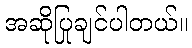
အဆိုပြုချင်ပါတယ်။